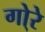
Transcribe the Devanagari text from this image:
गो्रे